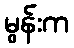
မွန်းက